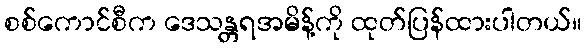
စစ်ကောင်စီက ဒေသန္တရအမိန့်ကို ထုတ်ပြန်ထားပါတယ်။